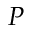
P